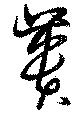
蕢